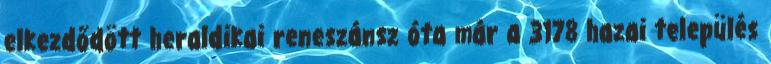
elkezdődött heraldikai reneszánsz óta már a 3178 hazai település